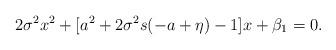
LaTeX: \begin{align*}2\sigma^2 x^2 + [a^2 + 2\sigma^2 s(-a + \eta) - 1]x + \beta_1 = 0. \end{align*}